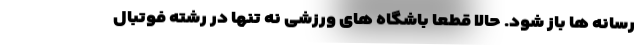
رسانه ها باز شود. حالا قطعا باشگاه های ورزشی نه تنها در رشته فوتبال